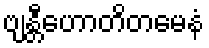
ဗျန္တီဟောတိတမေနံ